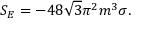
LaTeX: S _ { E } = - 4 8 \sqrt { 3 } { \pi } ^ { 2 } m ^ { 3 } \sigma .